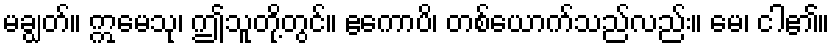
မချွတ်။ ဣမေသု၊ ဤသူတို့တွင်။ ဧကောပိ၊ တစ်ယောက်သည်လည်း။ မေ၊ ငါ၏။